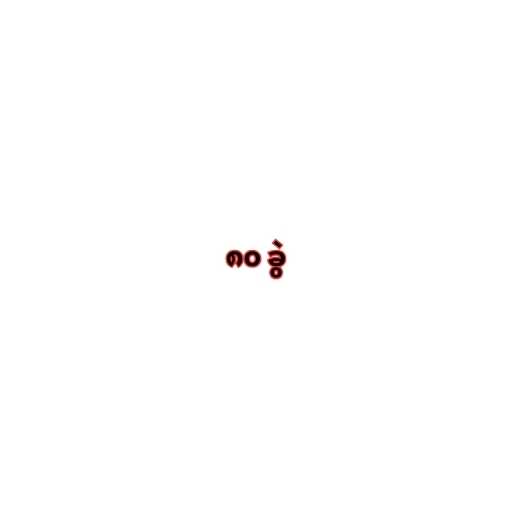
၈၀ ခွဲ